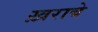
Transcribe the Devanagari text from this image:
ख़राबे